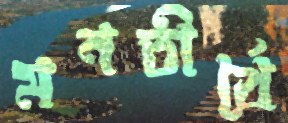
মনতীর্থে